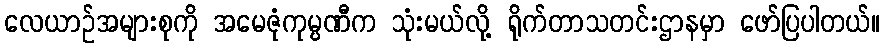
လေယာဉ်အများစုကို အမေဇုံကုမ္ပဏီက သုံးမယ်လို့ ရိုက်တာသတင်းဌာနမှာ ဖော်ပြပါတယ်။